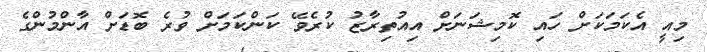
މިއީ އެކަމަކަށް ހައި ކޮމިޝަނަށް އިއުތިރާޒު ކުރެވޭ ކަންކަމަށް ވުރެ ބޮޑަށް އާންމުންގެ